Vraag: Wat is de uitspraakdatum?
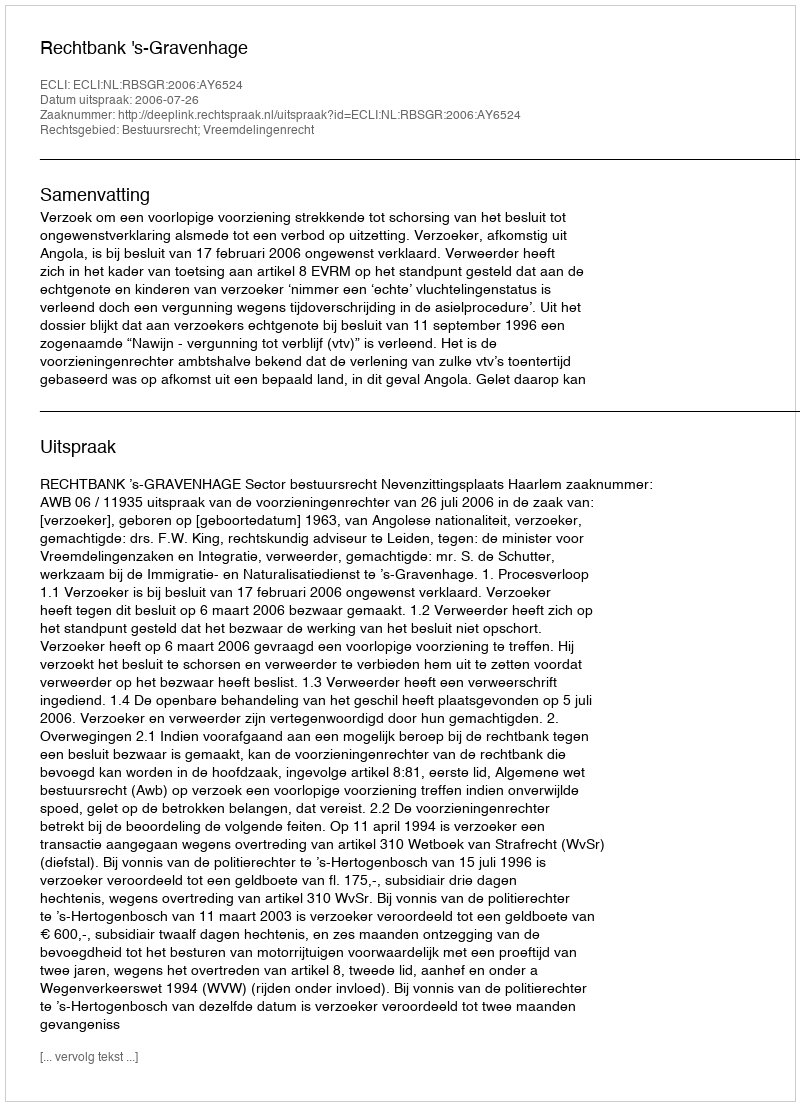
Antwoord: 2006-07-26